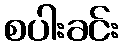
စပါးခင်း